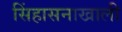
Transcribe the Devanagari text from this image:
सिंहासनाखाली